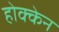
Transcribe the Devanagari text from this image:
होक्केन